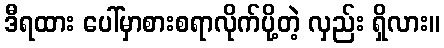
ဒီရထား ပေါ်မှာစားစရာလိုက်ပို့တဲ့ လှည်း ရှိလား။